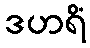
ဒဟရိံ